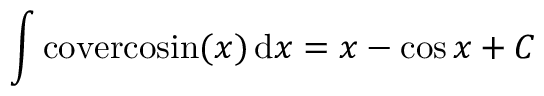
\int \mathrm { c o v e r c o s i n } ( x ) \, \mathrm { d } x = x - \cos { x } + C